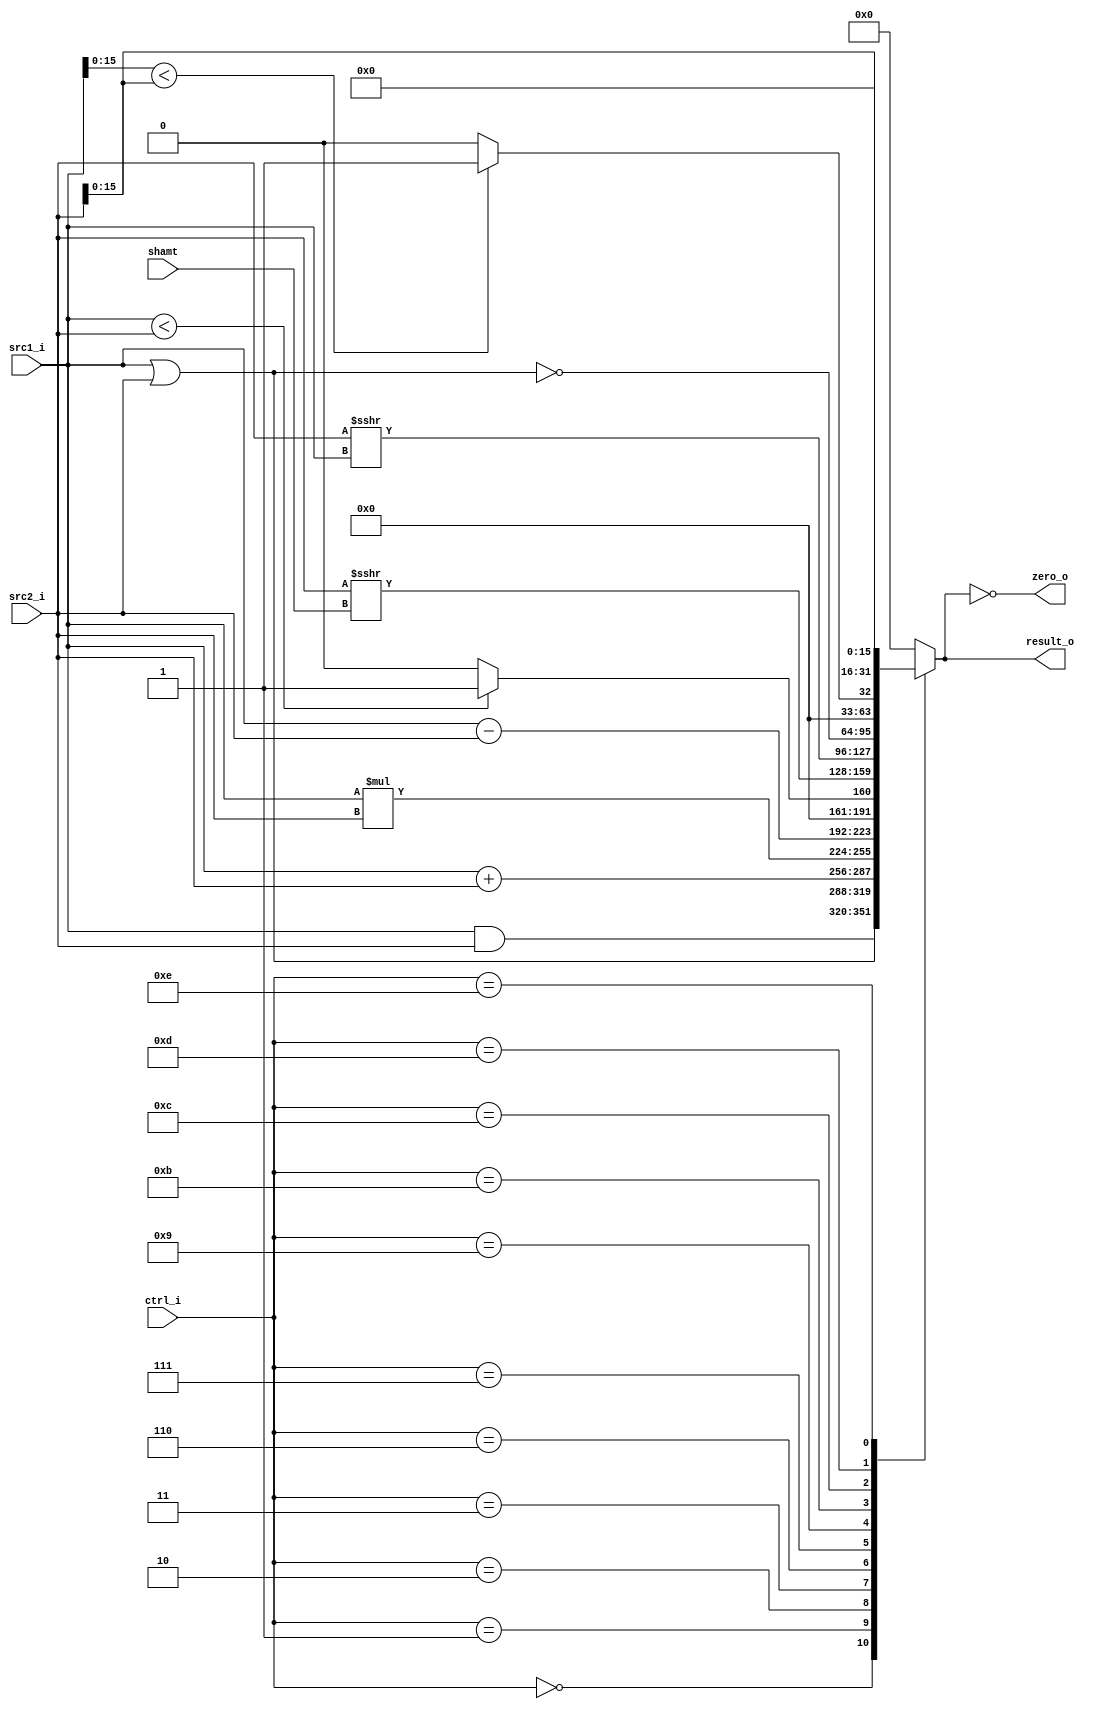
//Subject:     CO project 2 - ALU
//--------------------------------------------------------------------------------
//Version:     1
//--------------------------------------------------------------------------------
//Writer:      
//----------------------------------------------
//Date:        
//----------------------------------------------
//Description: 
//--------------------------------------------------------------------------------
//0316044_0316225
module ALU(
    src1_i,
	src2_i,
	ctrl_i,
	shamt,
	result_o,
	zero_o
	);
     
//I/O ports
input  [32-1:0]  src1_i;
input  [32-1:0]	 src2_i;
input  [4-1:0]   ctrl_i;
input	 [5-1:0] 	shamt;//instr[10:6]

output [32-1:0]	 result_o;
output           zero_o;

//Internal signals
reg    [32-1:0]  result_o;
wire             zero_o;

//Parameter
		//? assign zero_o = (ctrl_i==8)?(result_o!=0):(result_o==0);
assign zero_o = (result_o==0);
//Main function
always @(ctrl_i, src1_i, src2_i) begin
   case(ctrl_i)
	   0: result_o <= src1_i & src2_i;
		1: result_o <= src1_i | src2_i;
		2: result_o <= src1_i + src2_i;
		3: result_o <= src1_i * src2_i;
		6: result_o <= src1_i - src2_i;
		7: result_o <= src1_i < src2_i ? 1:0;
				//8: result_o <= src1_i - src2_i;//BRANCH ON NOT EQUAL
		9: result_o <= ($signed(src2_i) >>> shamt);//SRA
		11:result_o <= ($signed(src2_i) >>> $signed(src1_i));//SRA V 
		12: result_o <= ~(src1_i | src2_i);
		13: result_o <= {16'd0,src1_i[15:0]} < {16'd0,src2_i[15:0]} ?1:0;
		14: result_o <= (src2_i << 16);//lui
		default: result_o <= 0;
	endcase
end
endmodule